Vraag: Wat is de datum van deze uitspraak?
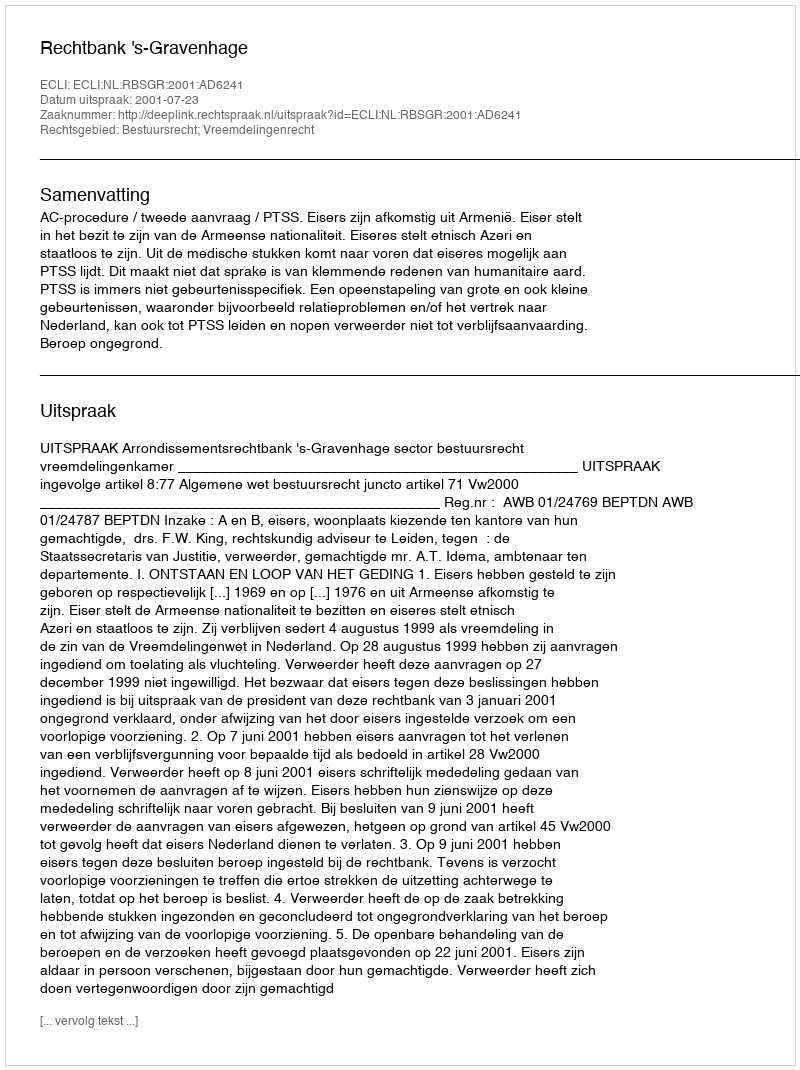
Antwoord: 2001-07-23